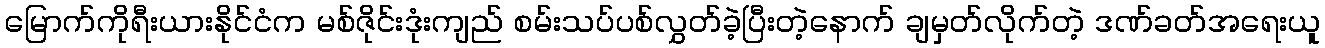
မြောက်ကိုရီးယားနိုင်ငံက မစ်ဇိုင်းဒုံးကျည် စမ်းသပ်ပစ်လွှတ်ခဲ့ပြီးတဲ့နောက် ချမှတ်လိုက်တဲ့ ဒဏ်ခတ်အရေးယူ